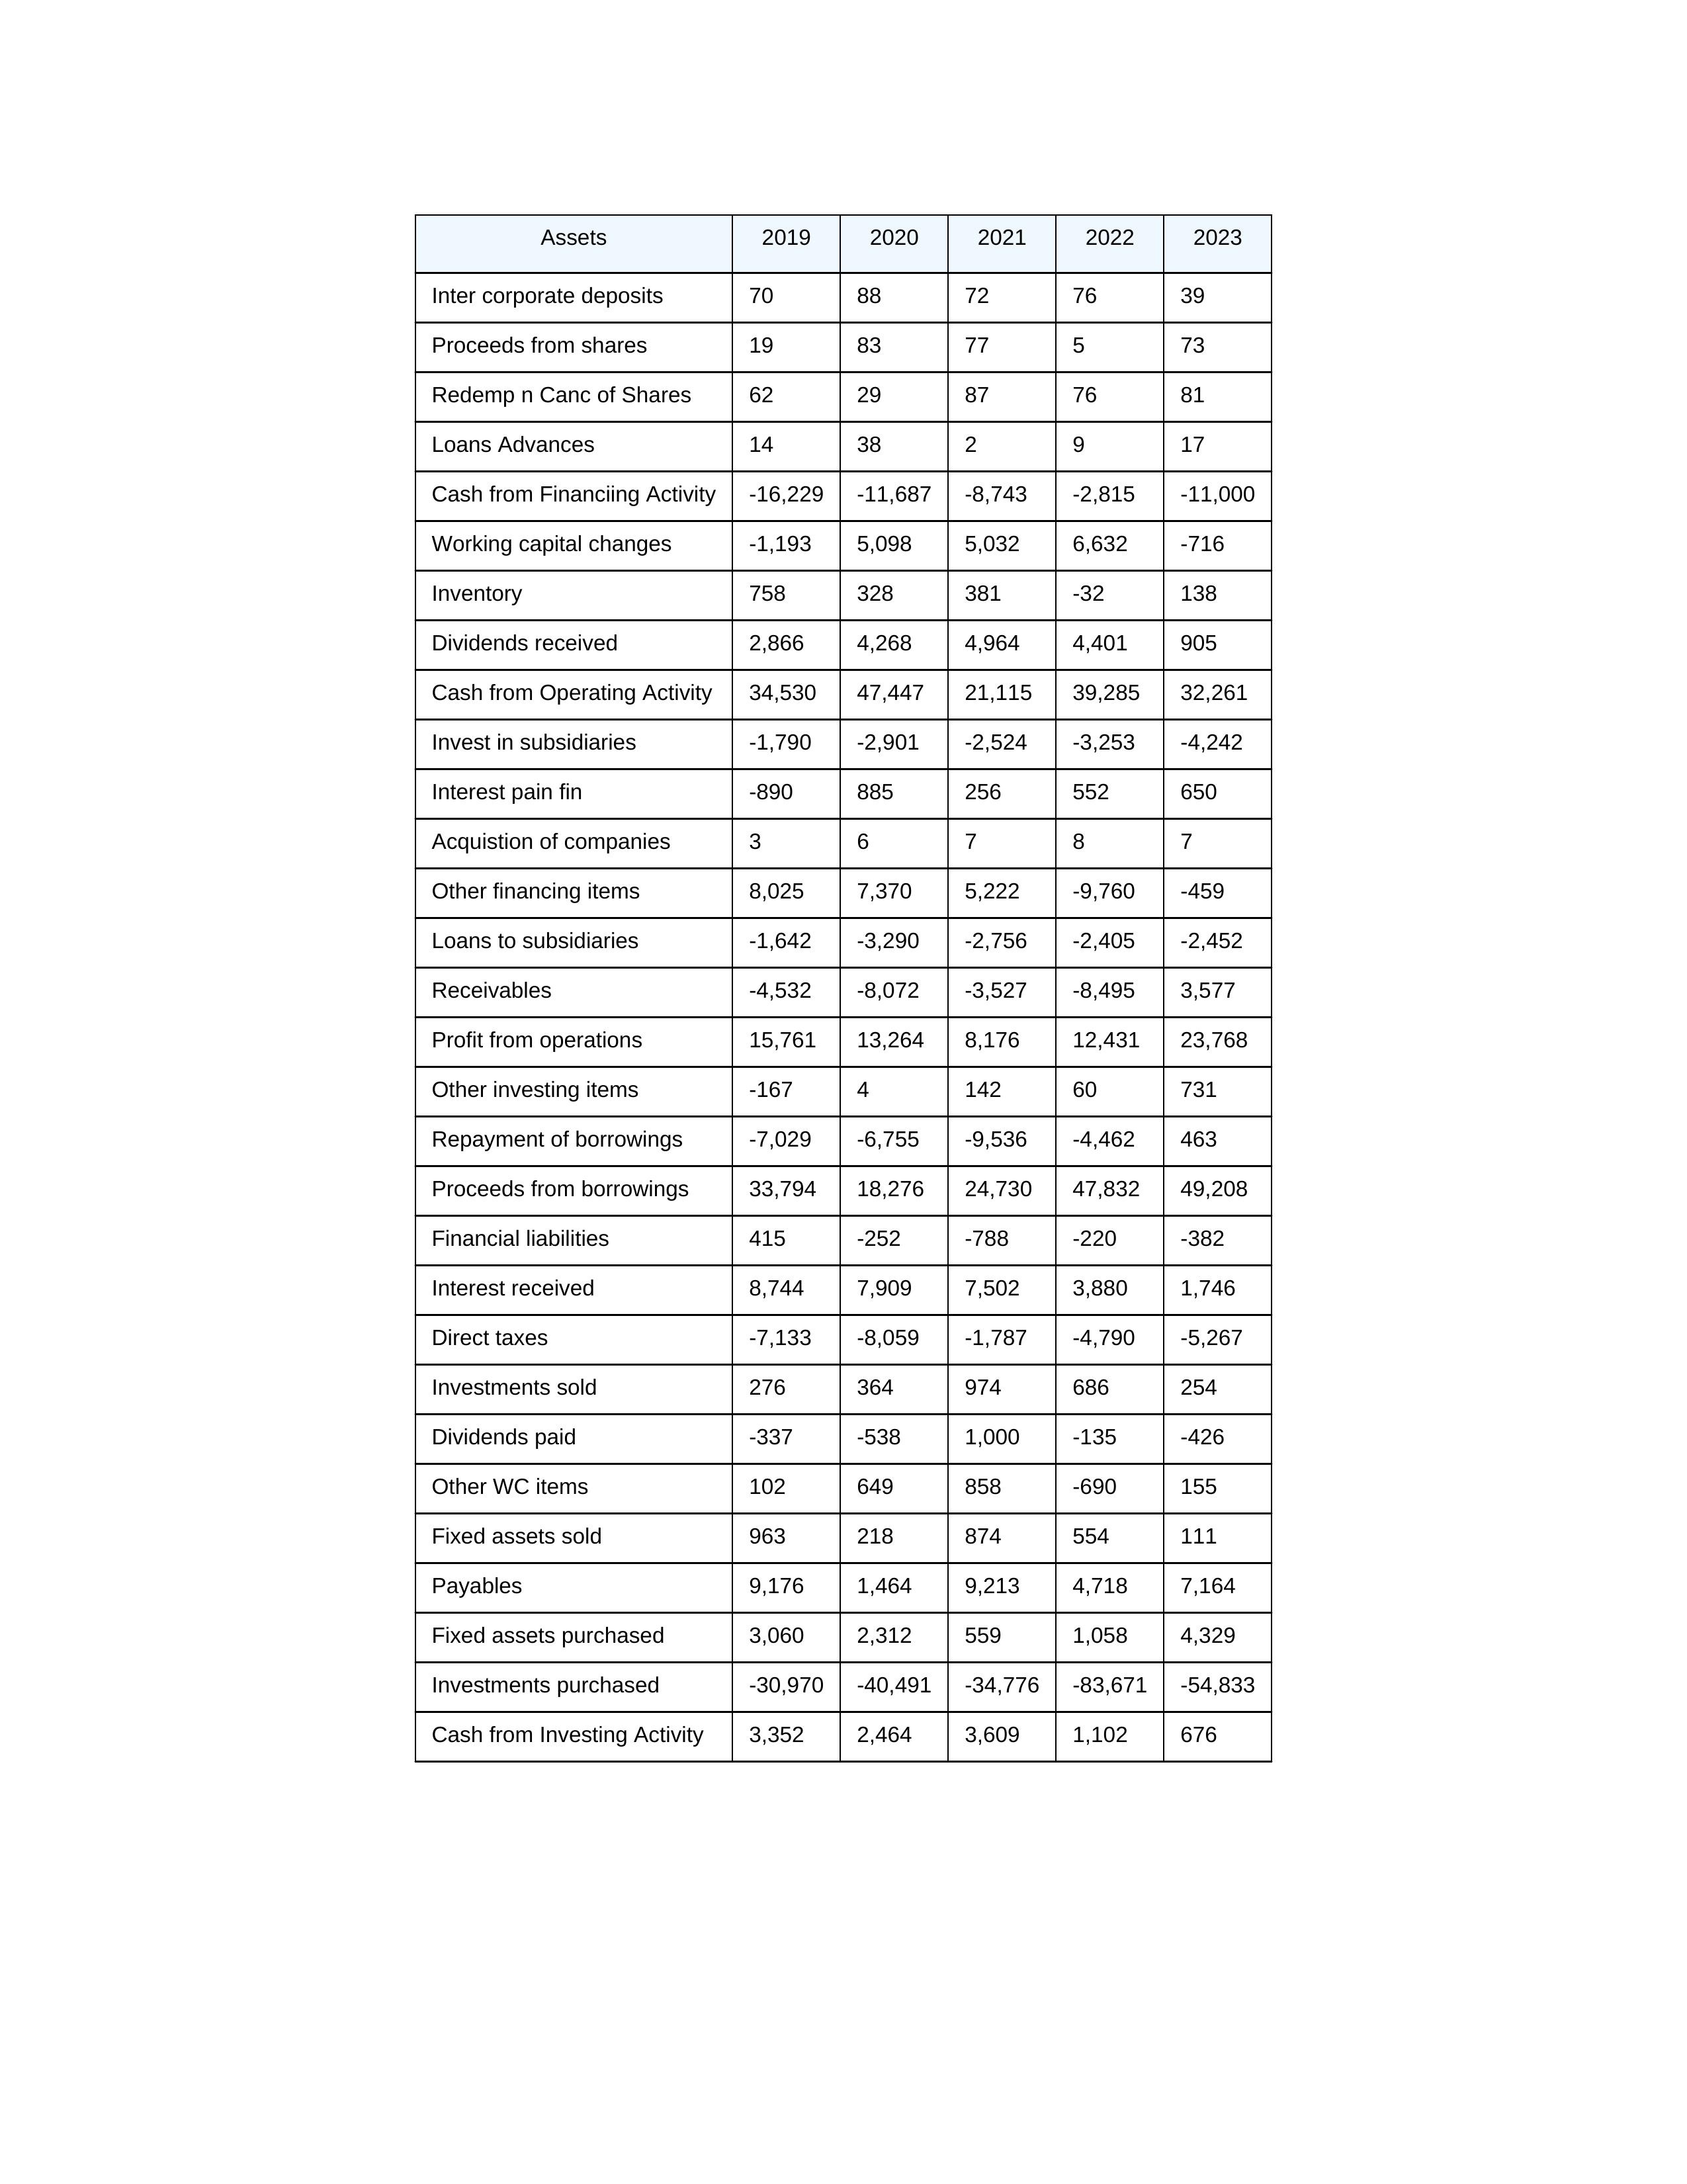
gt_parse: 2019: Cash from Operating Activity: 34,530
Profit from operations: 15,761
Receivables: -4,532
Inventory: 758
Payables: 9,176
Loans Advances: 14
Other WC items: 102
Working capital changes: -1,193
Direct taxes: -7,133
Cash from Investing Activity: 3,352
Fixed assets purchased: 3,060
Fixed assets sold: 963
Investments purchased: -30,970
Investments sold: 276
Interest received: 8,744
Dividends received: 2,866
Invest in subsidiaries: -1,790
Loans to subsidiaries: -1,642
Redemp n Canc of Shares: 62
Acquistion of companies: 3
Inter corporate deposits: 70
Other investing items: -167
Cash from Financiing Activity: -16,229
Proceeds from shares: 19
Proceeds from borrowings: 33,794
Repayment of borrowings: -7,029
Interest pain fin: -890
Dividends paid: -337
Financial liabilities: 415
Other financing items: 8,025
2020: Cash from Operating Activity: 47,447
Profit from operations: 13,264
Receivables: -8,072
Inventory: 328
Payables: 1,464
Loans Advances: 38
Other WC items: 649
Working capital changes: 5,098
Direct taxes: -8,059
Cash from Investing Activity: 2,464
Fixed assets purchased: 2,312
Fixed assets sold: 218
Investments purchased: -40,491
Investments sold: 364
Interest received: 7,909
Dividends received: 4,268
Invest in subsidiaries: -2,901
Loans to subsidiaries: -3,290
Redemp n Canc of Shares: 29
Acquistion of companies: 6
Inter corporate deposits: 88
Other investing items: 4
Cash from Financiing Activity: -11,687
Proceeds from shares: 83
Proceeds from borrowings: 18,276
Repayment of borrowings: -6,755
Interest pain fin: 885
Dividends paid: -538
Financial liabilities: -252
Other financing items: 7,370
2021: Cash from Operating Activity: 21,115
Profit from operations: 8,176
Receivables: -3,527
Inventory: 381
Payables: 9,213
Loans Advances: 2
Other WC items: 858
Working capital changes: 5,032
Direct taxes: -1,787
Cash from Investing Activity: 3,609
Fixed assets purchased: 559
Fixed assets sold: 874
Investments purchased: -34,776
Investments sold: 974
Interest received: 7,502
Dividends received: 4,964
Invest in subsidiaries: -2,524
Loans to subsidiaries: -2,756
Redemp n Canc of Shares: 87
Acquistion of companies: 7
Inter corporate deposits: 72
Other investing items: 142
Cash from Financiing Activity: -8,743
Proceeds from shares: 77
Proceeds from borrowings: 24,730
Repayment of borrowings: -9,536
Interest pain fin: 256
Dividends paid: 1,000
Financial liabilities: -788
Other financing items: 5,222
2022: Cash from Operating Activity: 39,285
Profit from operations: 12,431
Receivables: -8,495
Inventory: -32
Payables: 4,718
Loans Advances: 9
Other WC items: -690
Working capital changes: 6,632
Direct taxes: -4,790
Cash from Investing Activity: 1,102
Fixed assets purchased: 1,058
Fixed assets sold: 554
Investments purchased: -83,671
Investments sold: 686
Interest received: 3,880
Dividends received: 4,401
Invest in subsidiaries: -3,253
Loans to subsidiaries: -2,405
Redemp n Canc of Shares: 76
Acquistion of companies: 8
Inter corporate deposits: 76
Other investing items: 60
Cash from Financiing Activity: -2,815
Proceeds from shares: 5
Proceeds from borrowings: 47,832
Repayment of borrowings: -4,462
Interest pain fin: 552
Dividends paid: -135
Financial liabilities: -220
Other financing items: -9,760
2023: Cash from Operating Activity: 32,261
Profit from operations: 23,768
Receivables: 3,577
Inventory: 138
Payables: 7,164
Loans Advances: 17
Other WC items: 155
Working capital changes: -716
Direct taxes: -5,267
Cash from Investing Activity: 676
Fixed assets purchased: 4,329
Fixed assets sold: 111
Investments purchased: -54,833
Investments sold: 254
Interest received: 1,746
Dividends received: 905
Invest in subsidiaries: -4,242
Loans to subsidiaries: -2,452
Redemp n Canc of Shares: 81
Acquistion of companies: 7
Inter corporate deposits: 39
Other investing items: 731
Cash from Financiing Activity: -11,000
Proceeds from shares: 73
Proceeds from borrowings: 49,208
Repayment of borrowings: 463
Interest pain fin: 650
Dividends paid: -426
Financial liabilities: -382
Other financing items: -459